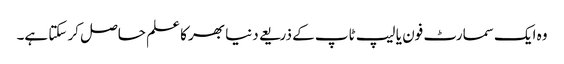
وہ ایک سمارٹ فون یا لیپ ٹاپ کے ذریعے دنیا بھر کا علم حاصل کر سکتا ہے۔